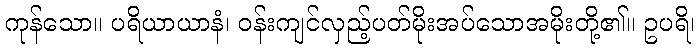
ကုန်သော။ ပရိယာယာနံ၊ ဝန်းကျင်လှည့်ပတ်မိုးအပ်သောအမိုးတို့၏။ ဥပရိ၊